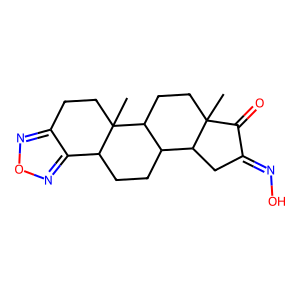
SMILES: CC12CCC3C(CCC4c5nonc5CCC43C)C1CC(=NO)C2=O
Inhibits HIV replication: No